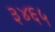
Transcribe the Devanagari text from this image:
३४६५